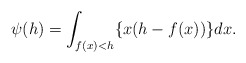
\begin{align*} \begin{aligned} \psi(h)=\int_{f(x)<h}\{x(h-f(x))\}dx. \end{aligned} \end{align*}